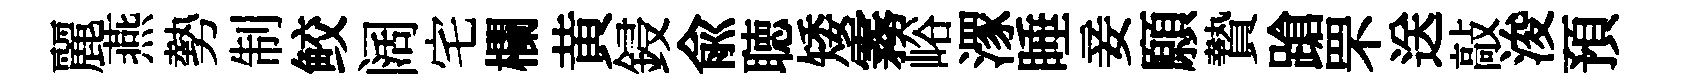
麗燕勢制鲛阔宅欄黄鋟俞聴矮霧峪潈睡妾願贄蹌罘送敲浚預